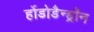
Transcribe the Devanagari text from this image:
र्होडोडैन्ड्रॉन